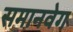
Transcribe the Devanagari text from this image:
समानवेग